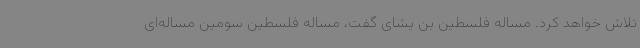
تلاش خواهد کرد. مساله فلسطین بن یشای گفت، مساله فلسطین سومین مساله‌ای